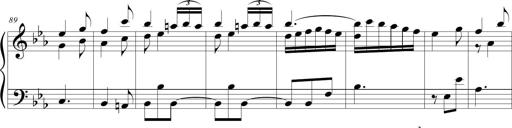
Title: Tiny Tina
Composer: Michel Rondeau
Key: E-flat major